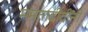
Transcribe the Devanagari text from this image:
ममतादीदींनी